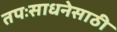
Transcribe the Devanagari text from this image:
तपःसाधनेसाठी